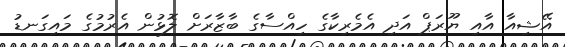
އޭޝިއާ އާއި ޔޫރަޕް އަދި އެމެރިކާގެ ހިއްސާގެ ބާޒާރަށް ލޮޅުން އެރުމުގެ މައިގަނޑު